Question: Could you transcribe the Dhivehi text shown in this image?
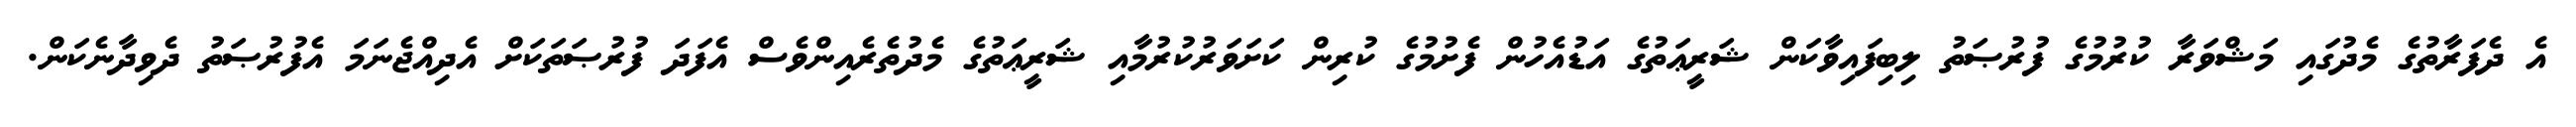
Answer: އެ ދެފަރާތުގެ މެދުގައި މަޝްވަރާ ކުރުމުގެ ފުރުޞަތު ލިބިފައިވާކަން ޝަރީޢަތުގެ އަޑުއެހުން ފެށުމުގެ ކުރިން ކަށަވަރުކުރުމާއި ޝަރީޢަތުގެ މެދުތެރެއިންވެސް އެފަދަ ފުރުޞަތަކަށް އެދިއްޖެނަމަ އެފުރުޞަތު ދެވިދާނެކަން.